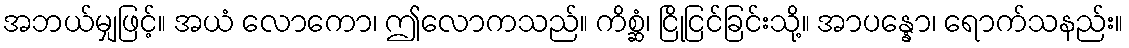
အဘယ်မျှဖြင့်။ အယံ လောကော၊ ဤလောကသည်။ ကိစ္ဆံ၊ ငြိုငြင်ခြင်းသို့။ အာပန္နော၊ ရောက်သနည်း။